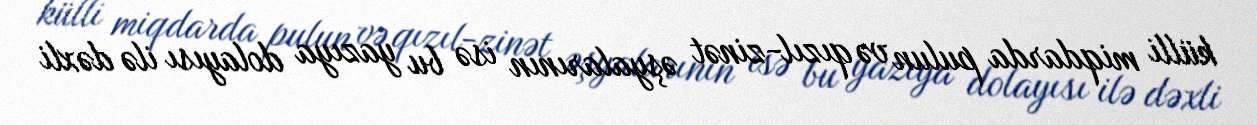
külli miqdarda pulun və qızıl-zinət əşyalarının isə bu yazıya dolayısı ilə dəxli